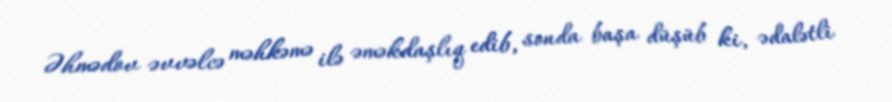
Əhmədov əvvəlcə məhkəmə ilə əməkdaşlıq edib, sonda başa düşüb ki, ədalətli